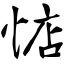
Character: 惦